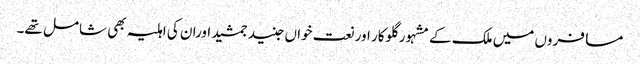
مسافروں میں ملک کے مشہور گلوکار اور نعت خواں جنید جمشید اوران کی اہلیہ بھی شامل تھے۔